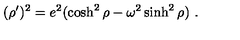
( \rho ^ { \prime } ) ^ { 2 } = e ^ { 2 } ( \cosh ^ { 2 } \rho - \omega ^ { 2 } \sinh ^ { 2 } \rho ) \ .